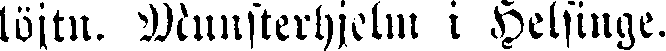
löjtn. Munsterhjelm i Helsinge.